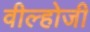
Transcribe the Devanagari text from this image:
वील्होजी